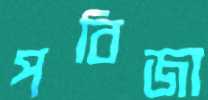
পবিজা